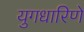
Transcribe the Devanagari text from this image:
युगधारिणे